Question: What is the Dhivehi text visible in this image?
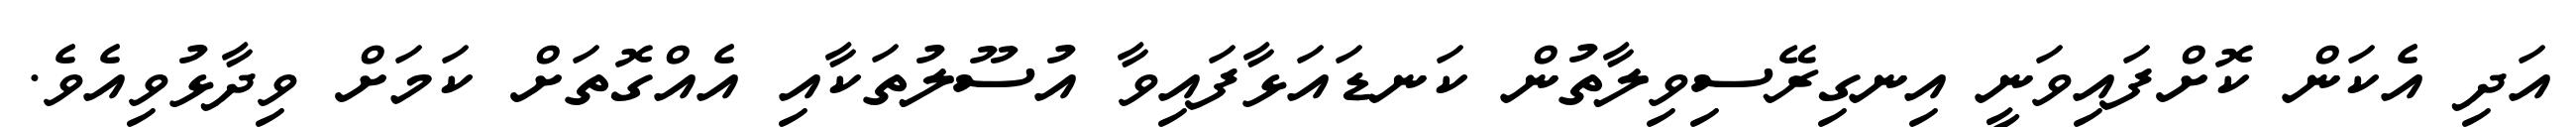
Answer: އަދި އެކަން ކޮށްފައިވަނީ އިނގިރޭސިވިލާތުން ކަނޑައަޅާފައިވާ އުސޫލުތަކާއި އެއްގޮތަށް ކަމަށް ވިދާޅުވިއެވެ.